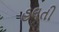
હલતી